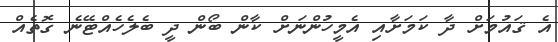
އެ ޤައުމަށް ދާ ކަމަށާއި އެމީހުންނަށް ކާން ބޯން ދީ ބެލެހެއްޓޭނެ ގޮތެއް